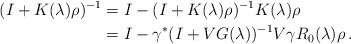
\begin{align*}(I+K(\lambda)\rho)^{-1}&=I-(I+K(\lambda)\rho)^{-1}K(\lambda)\rho\\&=I-\gamma^*(I+VG(\lambda))^{-1} V\gamma R_0(\lambda)\rho\,.\end{align*}